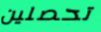
تحصلين